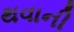
થવાની